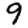
Digit: 9